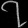
Digit: ၇